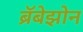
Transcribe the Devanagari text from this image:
ब्रॅबेझोन